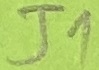
Text: J1